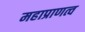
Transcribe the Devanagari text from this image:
महाप्राणत्व